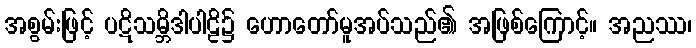
အစွမ်းဖြင့် ပဋိသမ္ဘိဒါပါဠိ၌ ဟောတော်မူအပ်သည်၏ အဖြစ်ကြောင့်။ အညဿ၊